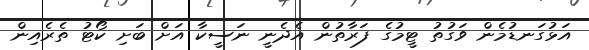
އަޅުގަނޑުމެން ވަގުތު ޓީމުގެ ފަރާތުން އެދެނީ ނަސީކާ އަށް ބަށި ކޯޓު ތެރެއިން